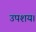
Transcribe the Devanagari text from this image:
उपशय।